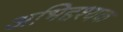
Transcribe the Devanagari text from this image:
अभिद्दश्यक